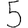
Digit: 5